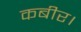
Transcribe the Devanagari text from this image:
कबीर।